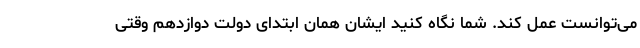
می‌توانست عمل کند. شما نگاه کنید ایشان همان ابتدای دولت دوازدهم وقتی